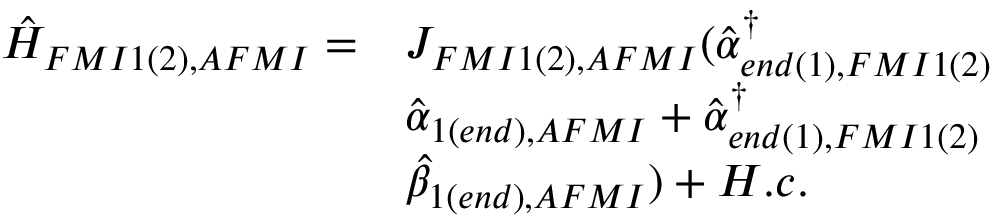
\begin{array} { l l } { \hat { H } _ { F M I 1 ( 2 ) , A F M I } = } & { J _ { F M I 1 ( 2 ) , A F M I } ( \hat { \alpha } _ { e n d ( 1 ) , F M I 1 ( 2 ) } ^ { \dagger } } \\ & { \hat { \alpha } _ { 1 ( e n d ) , A F M I } + \hat { \alpha } _ { { e n d ( 1 ) , F M I 1 ( 2 ) } } ^ { \dagger } } \\ & { \hat { \beta } _ { 1 ( e n d ) , A F M I } ) + H . c . } \end{array}